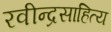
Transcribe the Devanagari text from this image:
रवीन्द्रसाहित्य